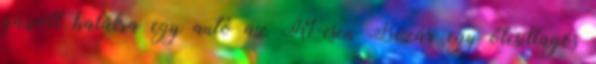
gázolt halálra egy autó az R1-esen Bezár egy ötcsillagos